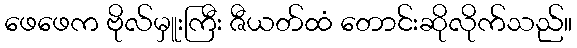
ဖေဖေက ဗိုလ်မှူးကြီး ဇီယတ်ထံ တောင်းဆိုလိုက်သည်။